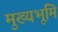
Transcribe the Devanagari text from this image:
मुख्‍यभूमि